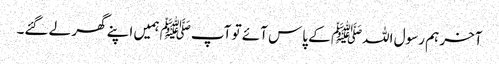
آخر ہم رسول اللہﷺ کے پاس آئے تو آپﷺ ہمیں اپنے گھر لے گئے۔